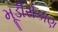
મૂડીરોકાણ